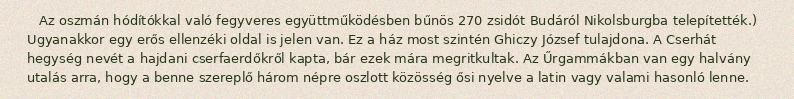
Az oszmán hódítókkal való fegyveres együttműködésben bűnös 270 zsidót Budáról Nikolsburgba telepítették.) Ugyanakkor egy erős ellenzéki oldal is jelen van. Ez a ház most szintén Ghiczy József tulajdona. A Cserhát hegység nevét a hajdani cserfaerdőkről kapta, bár ezek mára megritkultak. Az Űrgammákban van egy halvány utalás arra, hogy a benne szereplő három népre oszlott közösség ősi nyelve a latin vagy valami hasonló lenne.